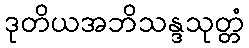
ဒုတိယအဘိသန္ဒသုတ္တံ